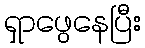
ရှာဖွေနေပြီး